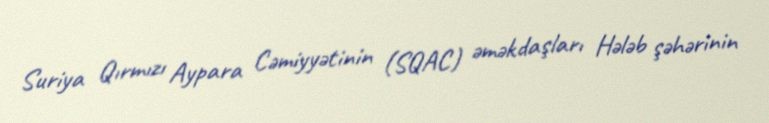
Suriya Qırmızı Aypara Cəmiyyətinin (SQAC) əməkdaşları Hələb şəhərinin